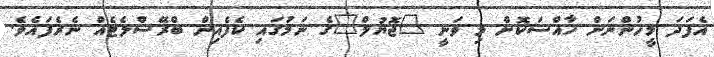
އެފަދަ މީހުންނަށް ހާއްސަކޮށް މި ވަނީ "ޖޮޔުލް"ގެ ނަމުގައި ކެފެއިން ބްރޭސްލެޓެއް ނެރެފައެވެ.